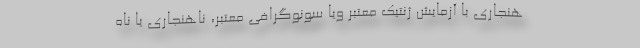
هنجاری با آزمایش ژنتیک معتبر ویا سونوگرافی معتبر، ناهنجاری یا ناه